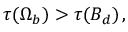
\tau ( { \sl \Omega } _ { b } ) > \tau ( B _ { d } ) \, ,